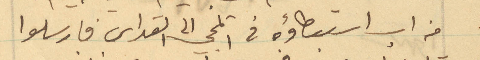
من اب استبطاؤه في المجي الى القداس فارسلوا